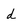
Character: d